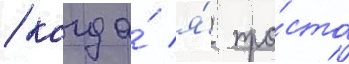
/ когда́ я́ про́сто